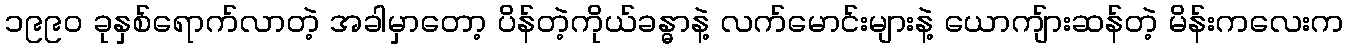
၁၉၉၀ ခုနှစ်ရောက်လာတဲ့ အခါမှာတော့ ပိန်တဲ့ကိုယ်ခန္ဓာနဲ့ လက်မောင်းများနဲ့ ယောကျ်ားဆန်တဲ့ မိန်းကလေးက